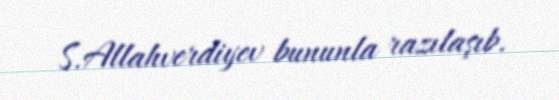
S.Allahverdiyev bununla razılaşıb.